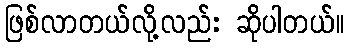
ဖြစ်လာတယ်လို့လည်း ဆိုပါတယ်။